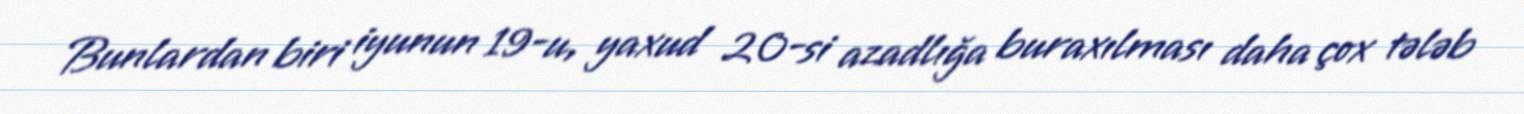
Bunlardan biri iyunun 19-u, yaxud 20-si azadlığa buraxılması daha çox tələb